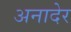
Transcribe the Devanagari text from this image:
अनादेर